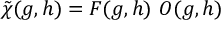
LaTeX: \tilde { \chi } ( g , h ) = { \cal F } ( g , h ) \ { \cal O } ( g , h )